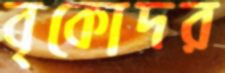
বৃকোদর